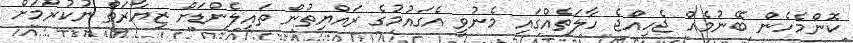
ކޮންމެހެން ބޭނުމެއް ޖެހިއްޖެ ހާލަތެއްގައި މެނުވީ އެގައުމުގެ ރައްޔިތުން ތައިލެންޑަށް ޒިޔާރަތް ނުކުރުމަށް